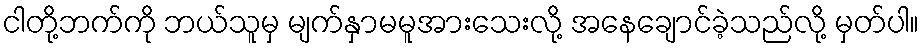
ငါတို့ဘက်ကို ဘယ်သူမှ မျက်နှာမမူအားသေးလို့ အနေချောင်ခဲ့သည်လို့ မှတ်ပါ။